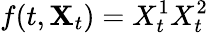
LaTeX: f(t,\mathbf{X}_{t})=X_{t}^{1}X_{t}^{2}